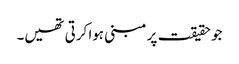
جو حقیقت پر مبنی ہوا کرتی تھیں۔